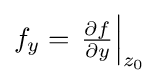
{\textstyle f_{y}=\left.{\frac {\partial f}{\partial y}}\right\vert _{z_{0}}}